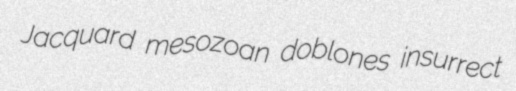
Jacquard mesozoan doblones insurrect